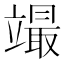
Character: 𥪳